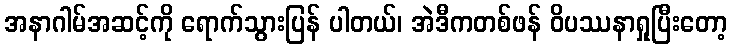
အနာဂါမ်အဆင့်ကို ရောက်သွားပြန် ပါတယ်၊ အဲဒီကတစ်ဖန် ဝိပဿနာရှုပြီးတော့